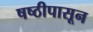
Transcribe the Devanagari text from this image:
षष्ठीपासून